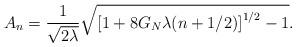
LaTeX: \begin{align*}A_n=\frac{1}{\sqrt{2\lambda}}\sqrt{\left[1+8G_N\lambda (n+1/2)\right]^{1/2}-1}.\end{align*}